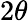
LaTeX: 2\theta